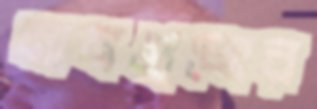
নামগুলোর